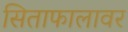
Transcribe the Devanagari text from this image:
सिताफालावर